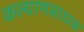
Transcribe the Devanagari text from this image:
कल्याणसाधक